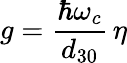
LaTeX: g=\frac{\hbar\omega_{c}}{d_{30}}\, \eta